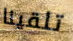
تلقينا